Annual statistical returns and brief notes on vaccination in Bengal - 1909-1929
Year: 1909
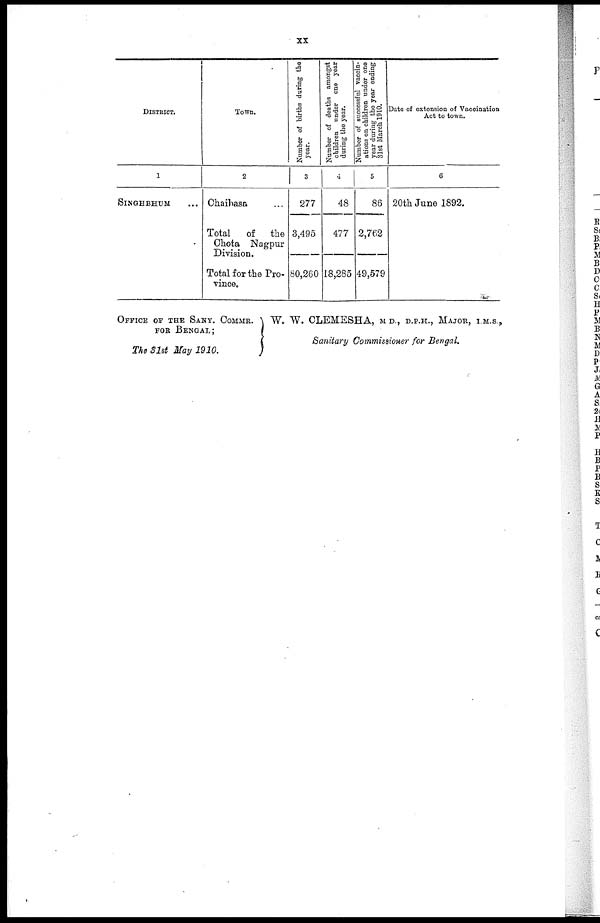
xx
DISTRICT.
1
SINGHBHUM
Town.
2
Chaihasa... ...
Total
of
t.e
Chota Nagpur
Division.
Total for the Pro-
vince.
Number of births during the
year.
3
277
3,495
80,260
Number of deaths amongst
children under one year
during the year.
4
48
477
18,285
Number of successful vaccin-
ations on children under one
year during the year ending
31st March 1910.
5
86
2,762
49,579
Date of extension of Vaccination
Act to town.
6
20th June 1892.
OFFICE OF THE SANY. COMMR.
FOR BENGAL;
The 31st May 1910.
W. W. CLEMESHA, M D., D.P.H., MAJOR, I.M.S.,
Sanitary Commissioner for Bengal.